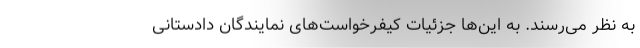
به نظر می‌رسند. به این‌ها جزئیات کیفرخواست‌های نمایندگان دادستانی